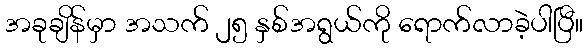
အခုချိန်မှာ အသက် ၂၅ နှစ်အရွယ်ကို ရောက်လာခဲ့ပါပြီ။